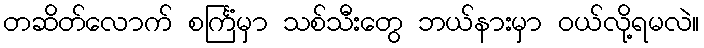
တဆိတ်လောက် စင်္ကြံမှာ သစ်သီးတွေ ဘယ်နားမှာ ဝယ်လို့ရမလဲ။